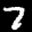
Label: 7